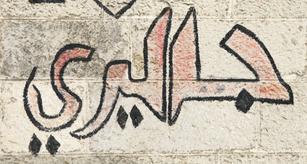
جاليري